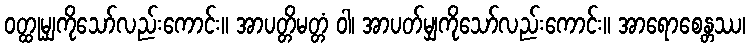
ဝတ္ထုမျှကိုသော်လည်းကောင်း။ အာပတ္တိမတ္တံ ဝါ၊ အာပတ်မျှကိုသော်လည်းကောင်း။ အာရောစေန္တဿ၊